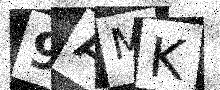
Text: 9AMK